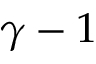
\gamma - 1